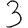
Digit: 3